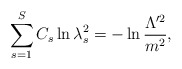
\begin{align*}\sum_{s=1}^S C_s\ln\lambda_s^2=-\ln\frac{\Lambda^{\prime2}} {m^2},\end{align*}